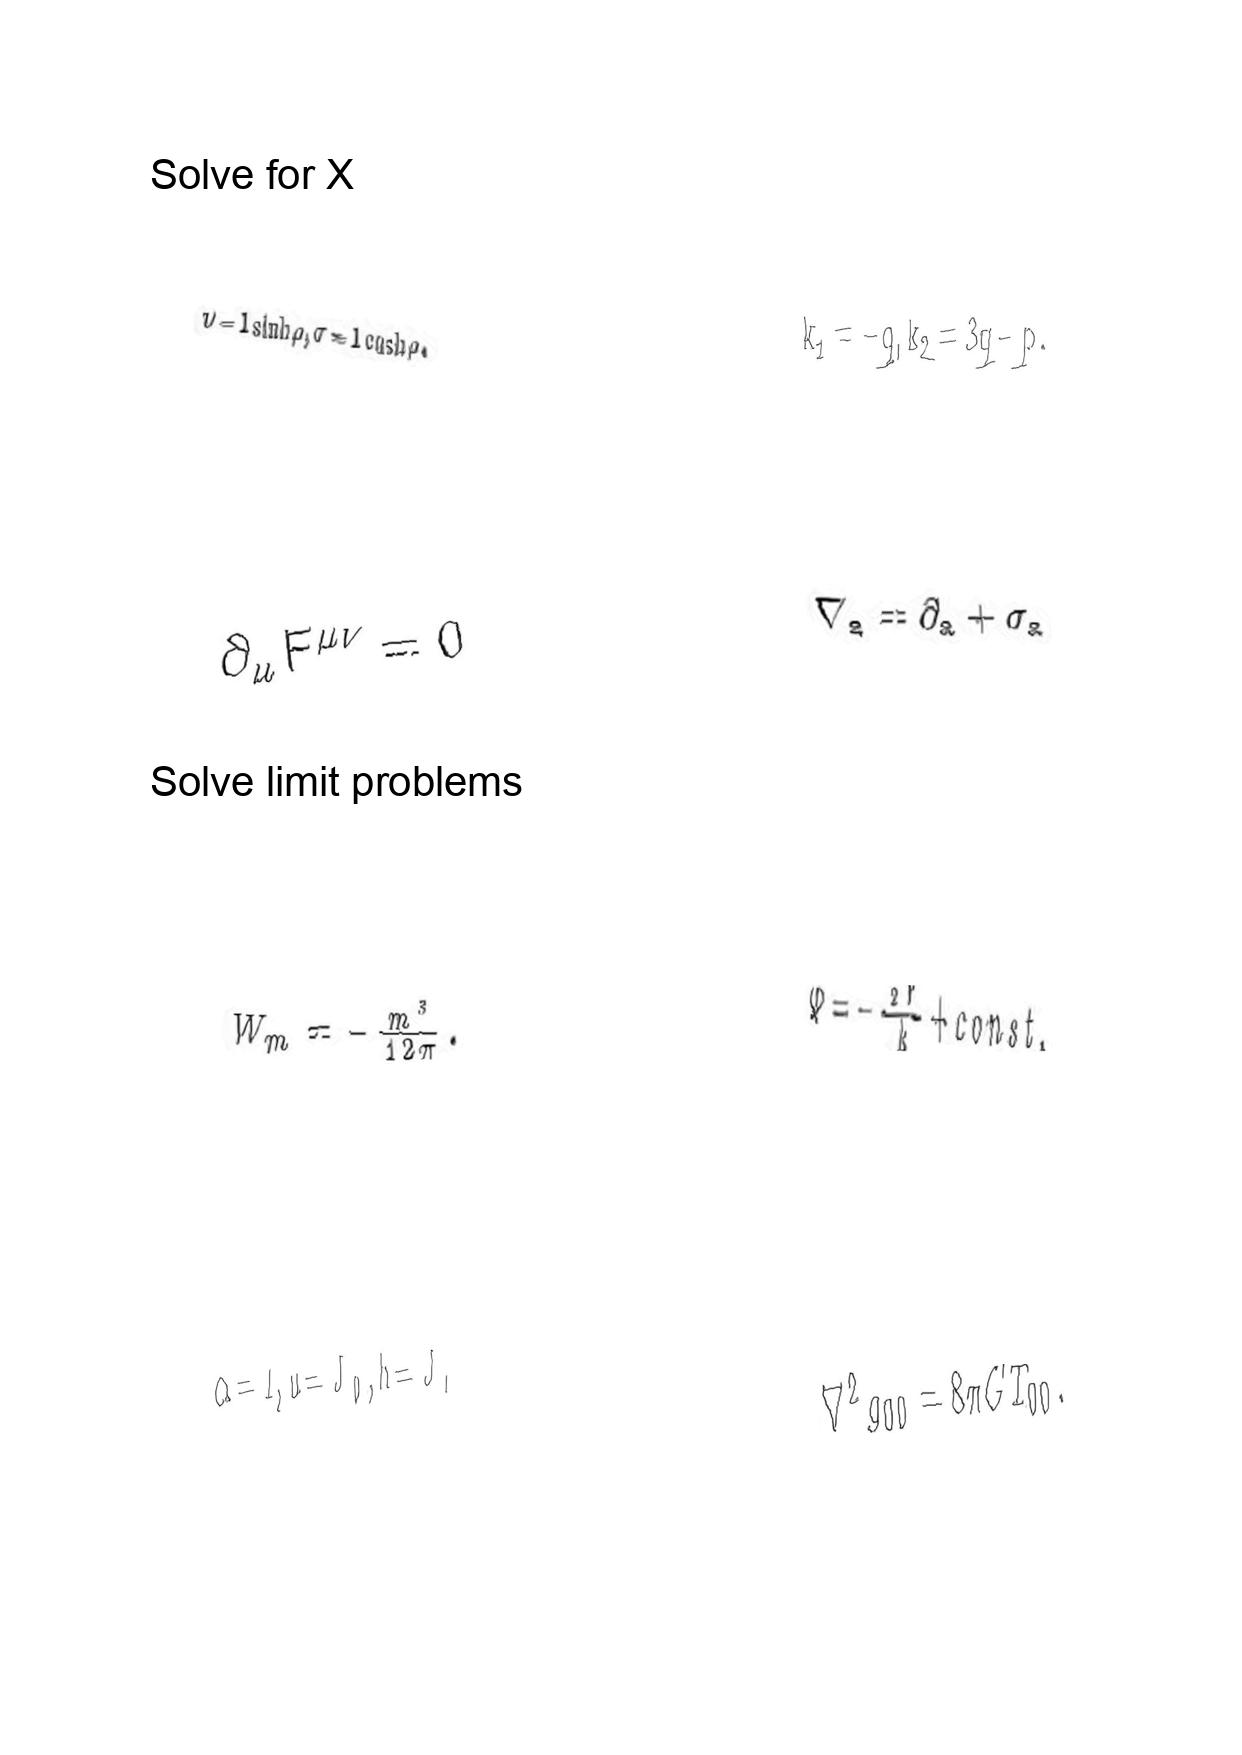
LaTeX transcription:
\nu = l \sinh \rho , \sigma = l \cosh \rho .
\partial _ { \mu } F ^ { \mu \nu } = 0
W _ { m } = - \frac { m ^ { 3 } } { 1 2 \pi } .
\alpha = 1 , u = J _ { 0 } , h = J _ { 1 }
k _ { 1 } = - q , k _ { 2 } = 3 q - p .
\nabla _ { a } = \partial _ { a } + \sigma _ { a }
\Phi = - \frac { 2 Y } { k } + c o n s t .
\nabla ^ { 2 } g _ { 0 0 } = 8 \pi G T _ { 0 0 } .